Indian journal of veterinary science and animal husbandry - Volume 8,
Year: 1938
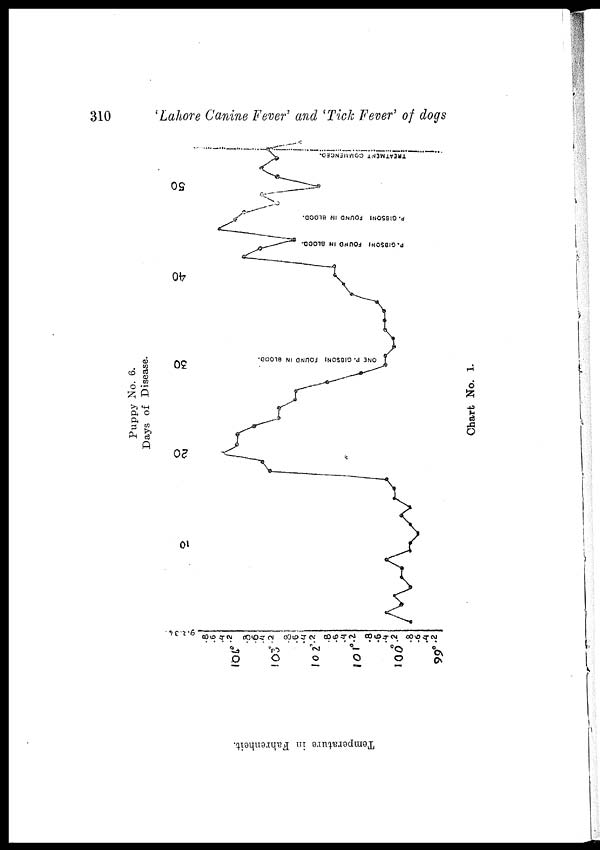
310
'Lahore Canine Fever' and 'Tick Fever' of dogs
Puppy No. 6.
Days of Disease.
Chart No. 1.
Temperature in Fahrenheit.